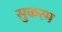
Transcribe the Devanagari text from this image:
सुकरम